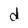
Character: d